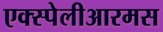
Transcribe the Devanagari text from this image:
एक्स्पेलीआरमस